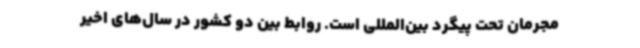
مجرمان تحت پیگرد بین‌المللی است. روابط بین دو کشور در سال‌های اخیر